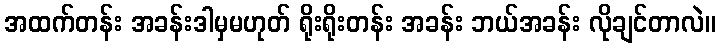
အထက်တန်း အခန်းဒါမှမဟုတ် ရိုးရိုးတန်း အခန်း ဘယ်အခန်း လိုချင်တာလဲ။